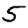
Digit: 5